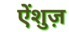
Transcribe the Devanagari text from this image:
ऐंशुज़